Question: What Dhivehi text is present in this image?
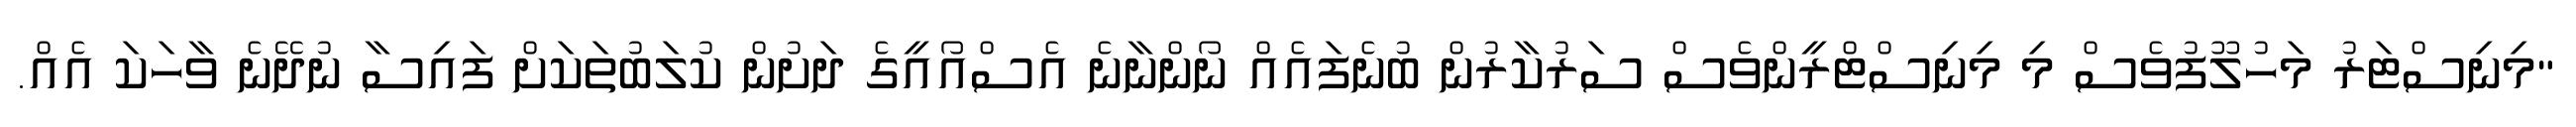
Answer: "މިނިސްޓަރު މަހުލޫފުވެސް މި މިނިސްޓްރީންވެސް ސަރުކާރުން ބުނެފައެއް ނޯންނާނެ އެސްއޯއީގެ ދަށުން ކުލަބުތަކަށް ފައިސާ ނުދޭނެ ވާހަކަ އެއް.